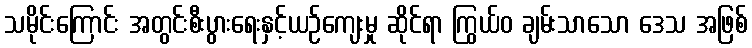
သမိုင်းကြောင်း အတွင်းစီးပွားရေးနှင့်ယဉ်ကျေးမှု ဆိုင်ရာ ကြွယ်ဝ ချမ်းသာသော ဒေသ အဖြစ်